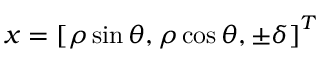
{ \boldsymbol { x } } = { [ \rho \sin \theta , \rho \cos \theta , \pm \delta ] } ^ { T }